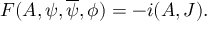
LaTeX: F ( A , \psi , \overline { { \psi } } , \phi ) = - i ( A , { \cal J } ) .